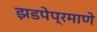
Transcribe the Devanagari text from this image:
झडपेप्रमाणे